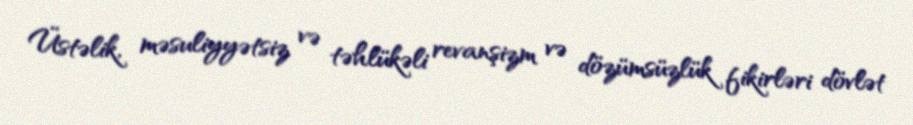
Üstəlik, məsuliyyətsiz və təhlükəli revanşizm və dözümsüzlük fikirləri dövlət